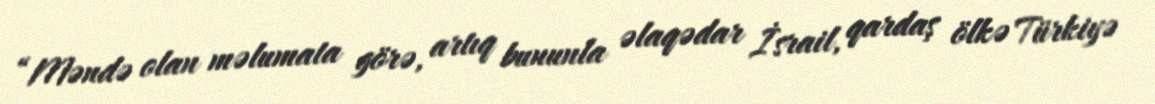
“Məndə olan məlumata görə, artıq bununla əlaqədar İsrail, qardaş ölkə Türkiyə